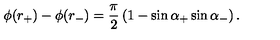
\phi ( r _ { + } ) - \phi ( r _ { - } ) = \frac { \pi } { 2 } \left( 1 - \sin \alpha _ { + } \sin \alpha _ { - } \right) .